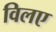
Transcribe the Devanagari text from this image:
विलए